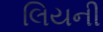
લિયની